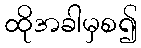
ထိုအခါမှစ၍